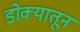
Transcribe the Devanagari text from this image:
डोक्‍यातून